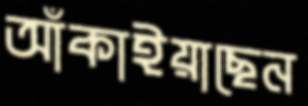
আঁকাইয়াছেন